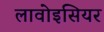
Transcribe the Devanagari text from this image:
लावोइसियर